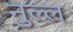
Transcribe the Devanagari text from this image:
नुल्ल